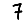
Digit: 7